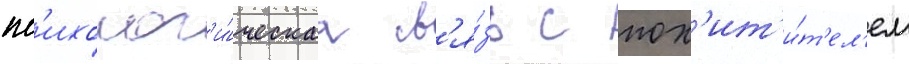
пс'ихолог'и́ческаа св'я́зь с пох'ит'и́т'ел'ем